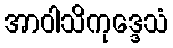
အာဝါသိကုဒ္ဒေသံ